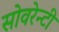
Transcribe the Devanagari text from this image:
सोवरेन्टी